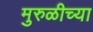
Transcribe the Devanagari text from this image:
मुरुळीच्या